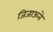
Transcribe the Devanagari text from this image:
जिजाऊने